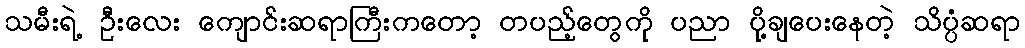
သမီးရဲ့ ဦးလေး ကျောင်းဆရာကြီးကတော့ တပည့်တွေကို ပညာ ပို့ချပေးနေတဲ့ သိပ္ပံဆရာ